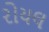
રોયલ